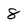
Character: 8